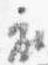
衣